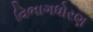
વિભાગધોરણ